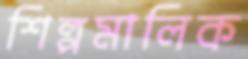
শিল্পমালিক